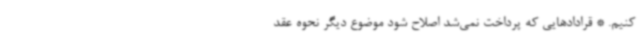
کنیم. * قرادادهایی که پرداخت نمی‌شد اصلاح شود موضوع دیگر نحوه عقد